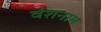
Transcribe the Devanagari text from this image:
वंशनाम